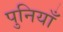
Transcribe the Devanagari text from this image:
पुनियाँ